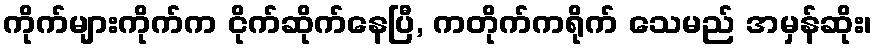
ကိုက်များကိုက်က ငိုက်ဆိုက်နေပြီ, ကတိုက်ကရိုက် သေမည် အမှန်ဆိုး၊